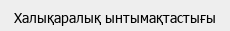
Халықаралық ынтымақтастығы